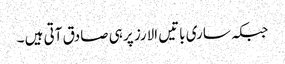
جبکہ ساری باتیں الارز پر ہی صادق آتی ہیں ۔